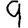
Digit: 9